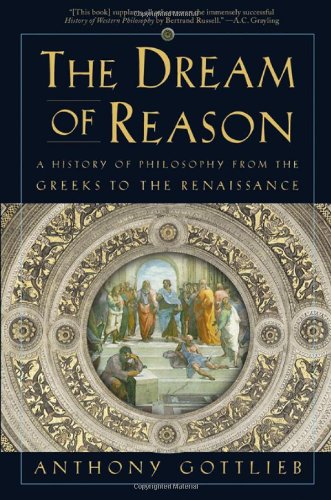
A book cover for The Dream of Reason: A History of Philosophy from the Greeks to the Renaissance; Anthony Gottlieb; Politics & Social Sciences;